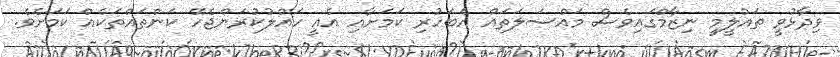
ވިދާޅުވީ ތައުލީމީ ނިޒާމްގައިވެސް މައްސަލަތައް އެބަހުރި ކަމަށާއި އެއީ ހައްލުކުރަންޖެހޭ ކަންތައްތަކެއް ކަމަށެވެ.